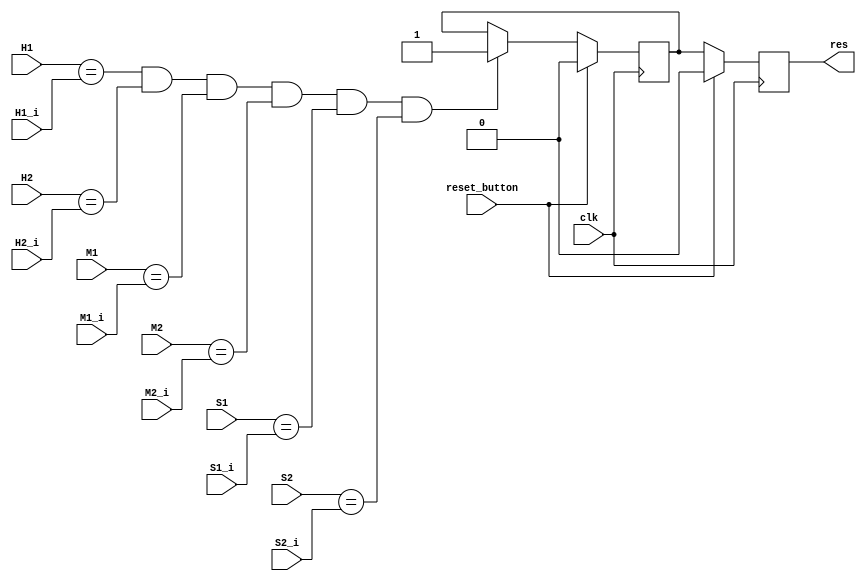
`timescale 1ns / 1ps
//////////////////////////////////////////////////////////////////////////////////
// Company: 
// Engineer: 
// 
// Design Name: 
// Module Name: alarm
// Project Name: 
// Target Devices: 
// Tool Versions: 
// Description: 
// 
// Dependencies: 
// 
// Revision:
// Revision 0.01 - File Created
// Additional Comments:
// 
//////////////////////////////////////////////////////////////////////////////////


module alarm(
    input [3:0]H1, H2, M1, M2, S1, S2,
    input [3:0]H1_i, H2_i, M1_i, M2_i, S1_i, S2_i,
    input clk,
    input reset_button,
    output res
    );
    reg res_w;
    reg D;
    
    always @(posedge clk) begin
    if (H1==H1_i && H2==H2_i && M1==M1_i && M2==M2_i && S1==S1_i && S2==S2_i)
     D = 1;
    if (reset_button==1)
     D = 0;
    end
    
    always @(posedge clk) 
    begin
     if(reset_button==1'b1)
      res_w <= 1'b0; 
     else 
      res_w <= D; 
    end 
    
    
    
     assign res = res_w;
    
endmodule